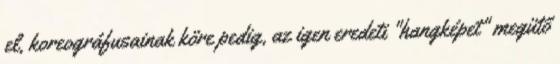
el, koreográfusainak köre pedig, az igen eredeti "hangképet" megütő